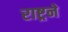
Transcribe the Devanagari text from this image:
राष्ट्रने